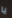
يا